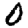
Digit: 0